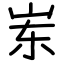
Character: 岽